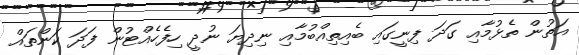
އަތުން ތެޅުމާއި ގަދަ ފިނީގައި ބެއިތިއްބުމާއި ނިދިޔަ ނުދީ ހިފެހެއްޓުން ފަދަ ކަންތައް